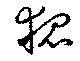
狐